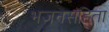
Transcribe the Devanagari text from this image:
भजनसंहिता